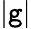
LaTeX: |\mathtt{g}|